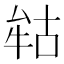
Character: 𭷢